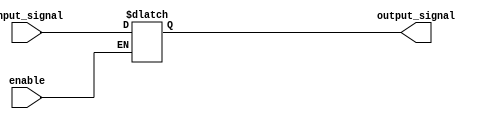
module latch (
    input wire input_signal,
    input wire enable,
    output reg output_signal
);

always @*
begin
    if (enable)
        output_signal = input_signal;
end

endmodule